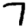
Digit: 7